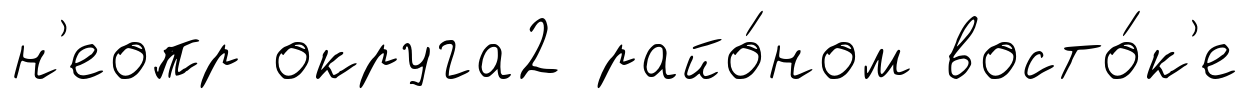
н'еопр округа2 райо́ном восто́к'е